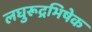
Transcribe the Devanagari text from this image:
लघुरूद्रभिषेक